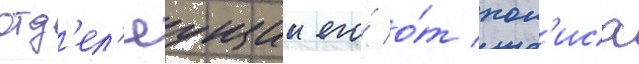
отд'ел'яущии его́ о́т пол'иса